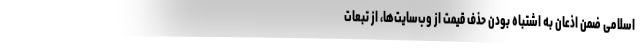
اسلامی ضمن اذعان به اشتباه بودن حذف قیمت از وب‌سایت‌ها، از تبعات